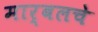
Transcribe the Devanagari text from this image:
मार्बलचे